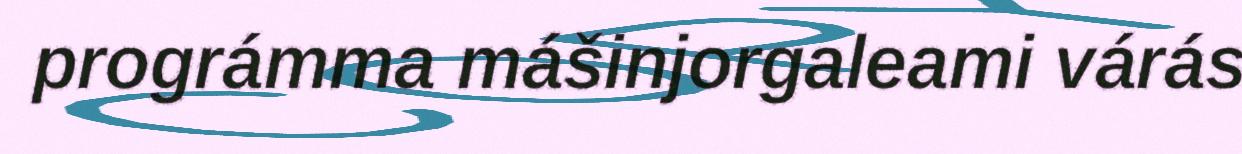
prográmma mášinjorgaleami várás